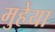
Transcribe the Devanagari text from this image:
मुहेया